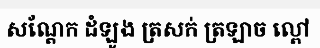
សណ្តែក ដំឡូង ត្រសក់ ត្រឡាច ល្ពៅ